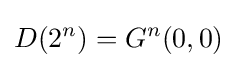
D(2^{n})=G^{n}(0,0)